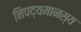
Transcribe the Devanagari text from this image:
निपद्यमानस्य